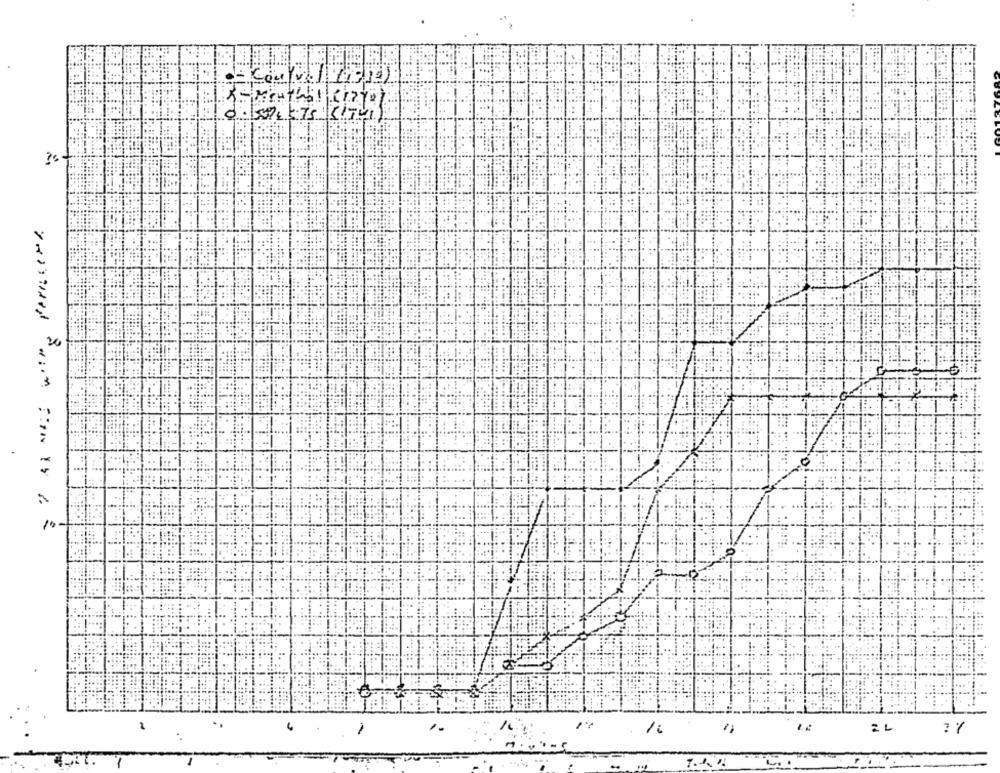
- Control 2-12)
1.
2 1
1: